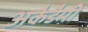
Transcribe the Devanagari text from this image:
अकैडैमी